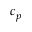
c _ { p }